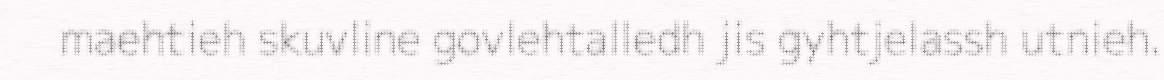
maehtieh skuvline govlehtalledh jis gyhtjelassh utnieh.